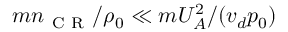
m n _ { \mathrm { ~ C ~ R ~ } } / \rho _ { 0 } \ll m U _ { A } ^ { 2 } / ( v _ { d } p _ { 0 } )